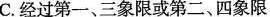
C.经过第一、三象限或第二、四象限